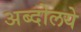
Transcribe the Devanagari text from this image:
अब्दोलये